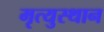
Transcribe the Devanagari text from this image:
मृत्युस्थान